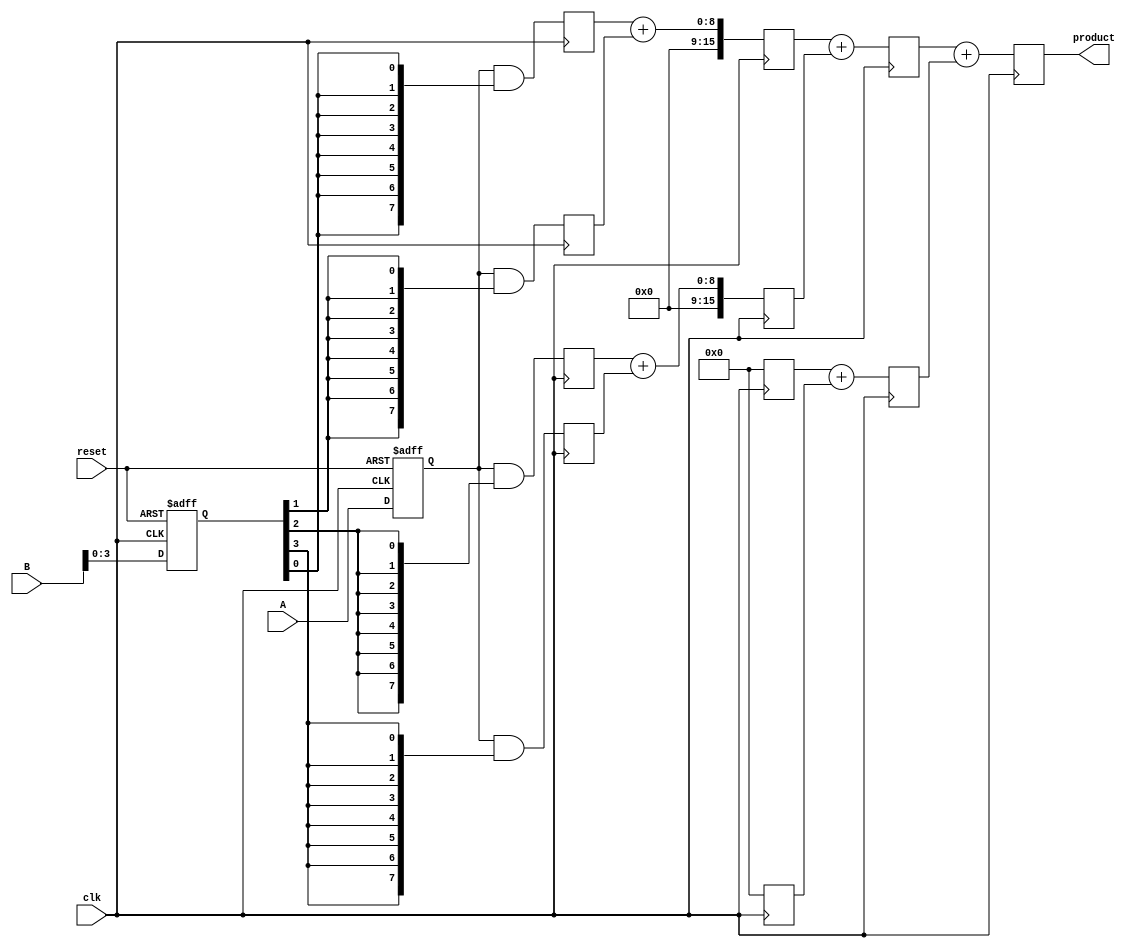
module pipelined_wallace_tree_multiplier #(
    parameter N = 8  // Number of bits for inputs A and B
)(
    input wire clk,
    input wire reset,
    input wire [N-1:0] A,
    input wire [N-1:0] B,
    output reg [2*N-1:0] product
);
    
    // Stage 1: Input Registers
    reg [N-1:0] A_reg, B_reg;
    always @(posedge clk or posedge reset) begin
        if (reset) begin
            A_reg <= 0;
            B_reg <= 0;
        end else begin
            A_reg <= A;
            B_reg <= B;
        end
    end

    // Partial Product Generation
    reg [N-1:0] pp [0:N-1];  // Partial products
    integer i;
    always @(posedge clk) begin
        for (i = 0; i < N; i = i + 1) begin
            pp[i] <= A_reg & {N{B_reg[i]}};
        end
    end

    // Stage 2: Wallace Tree Reduction (First Level)
    reg [N*2-1:0] sum [0:N/2-1];
    reg [N*2-1:0] carry [0:N/2-1];
    always @(posedge clk) begin
        for (i = 0; i < N/2; i = i + 1) begin
            {carry[i], sum[i]} <= pp[2*i] + pp[2*i + 1];
        end
    end

    // Stage 3: Reduce Remaining Rows
    reg [N*2-1:0] final_sum;
    reg [N*2-1:0] final_carry;
    always @(posedge clk) begin
        final_sum <= sum[0] + sum[1];
        final_carry <= carry[0] + carry[1];
    end

    // Final Summation
    always @(posedge clk) begin
        product <= final_sum + final_carry;
    end

endmodule